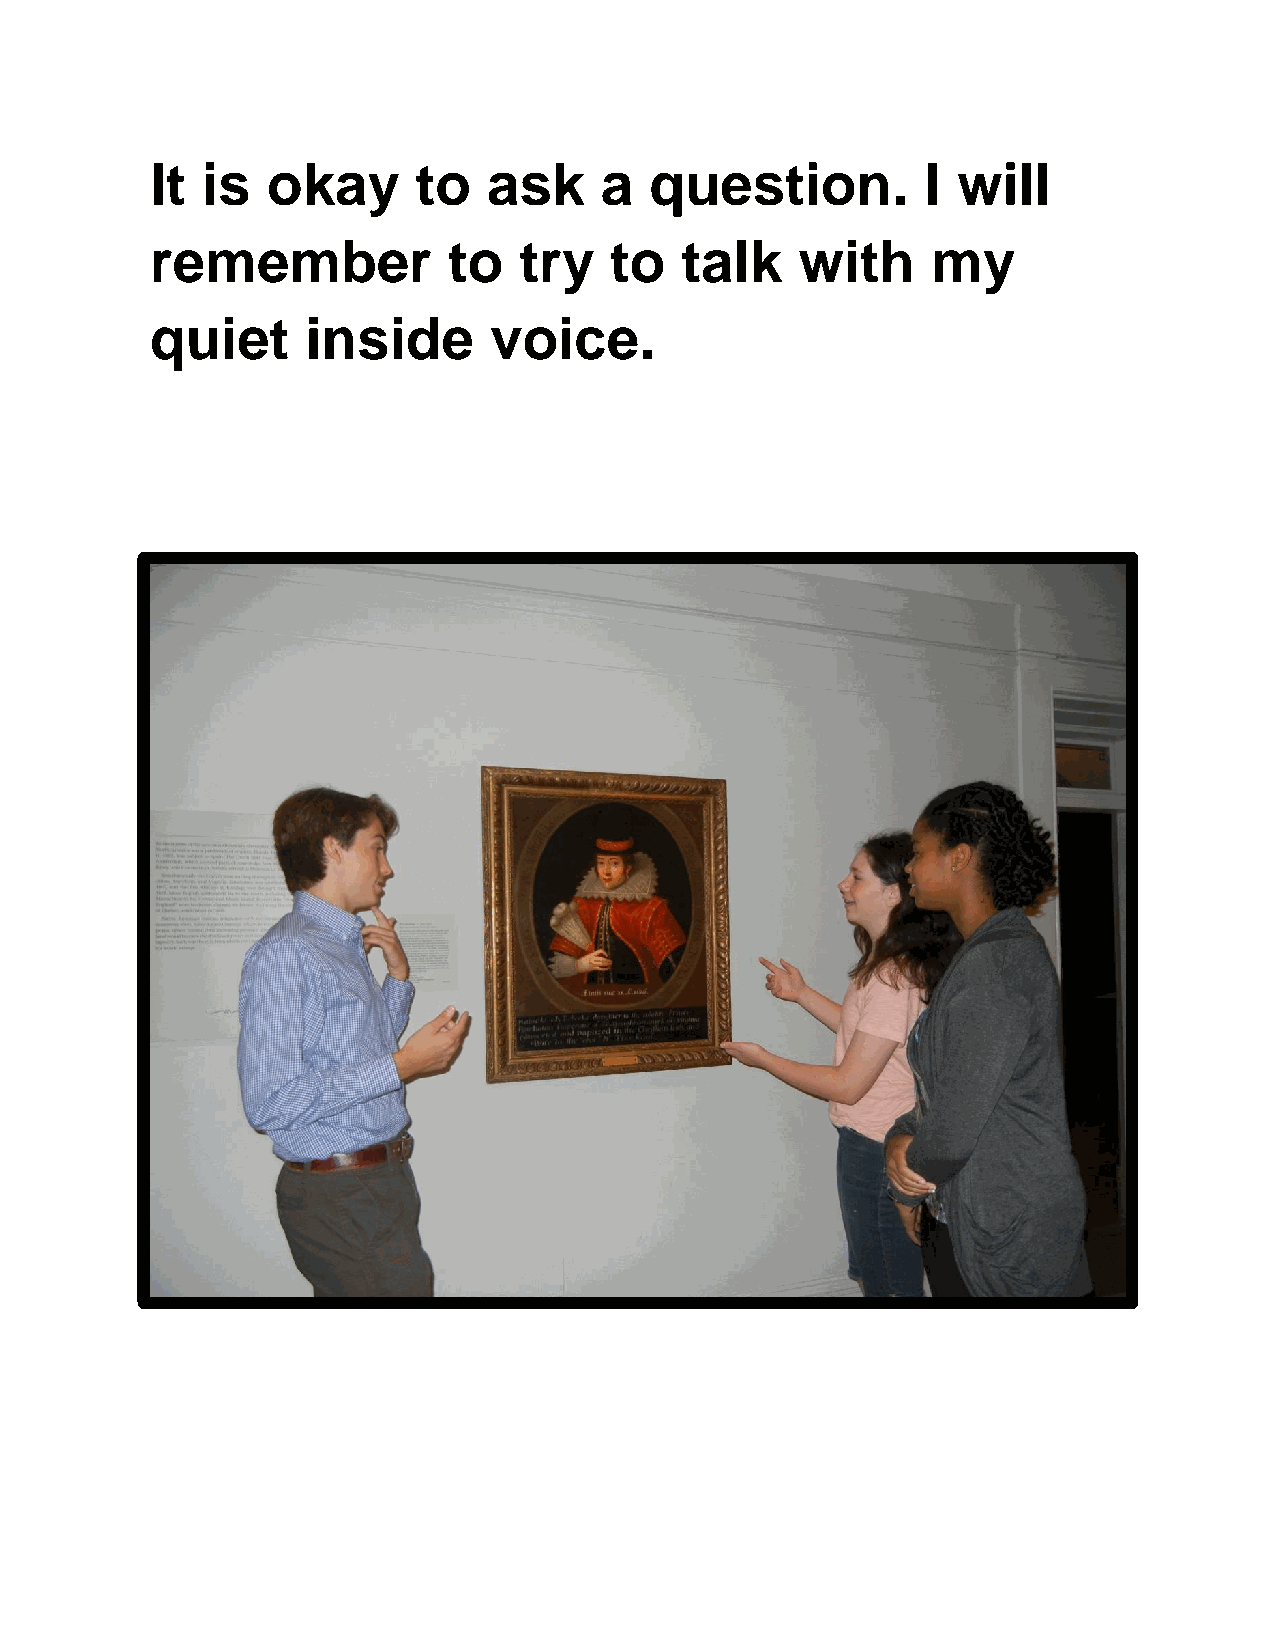
It is   okay      to  ask     a  question.         I will
 remember            to  try   to   talk    with     my
 quiet     inside      voice.